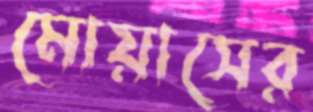
মোয়াসের